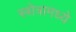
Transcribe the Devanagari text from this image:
स्त्रोत्रामध्ये